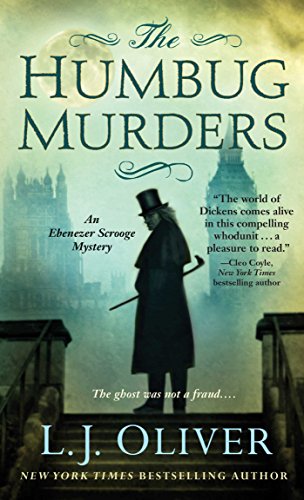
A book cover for The Humbug Murders: An Ebenezer Scrooge Mystery; L. J. Oliver; Literature & Fiction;